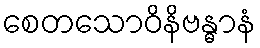
စေတသောဝိနိဗန္ဓာနံ